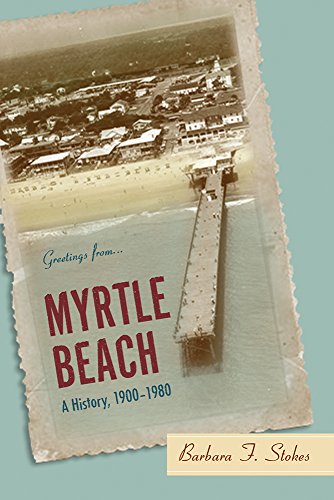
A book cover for Myrtle Beach: A History, 1900-1980; Barbara F. Stokes; Travel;